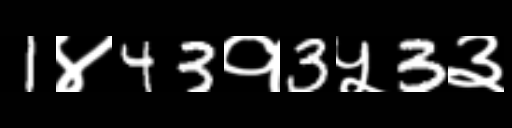
Text: 1४43१3५3३